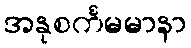
အနုစင်္ကမမာနာ